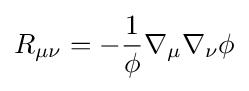
R_{\mu \nu }=-{\frac {1}{\phi }}\nabla _{\mu }\nabla _{\nu }\phi